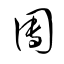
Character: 團